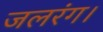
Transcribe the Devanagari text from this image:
जलरंग।